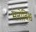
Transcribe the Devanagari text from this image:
मनोविश्व